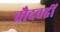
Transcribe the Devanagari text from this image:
चौदवहीं